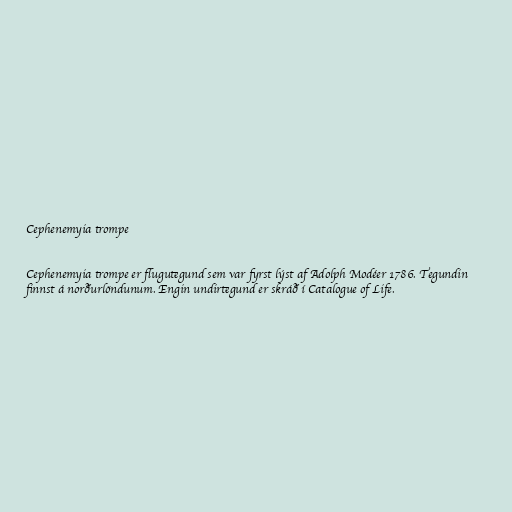
Cephenemyia trompe

Cephenemyia trompe er flugutegund sem var fyrst lýst af Adolph Modéer 1786. Tegundin
finnst á norðurlöndunum. Engin undirtegund er skráð í Catalogue of Life.